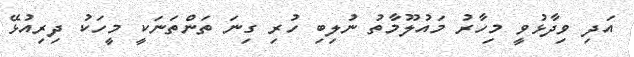
އަދި ވިދާޅުވީ މިހާރު މައުލޫމާތު ނުލިބި ހުރި ގިނަ ތަންތަނަކީ މީހަކު ދިރިއުޅޭ